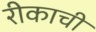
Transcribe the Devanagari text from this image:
रीकाची